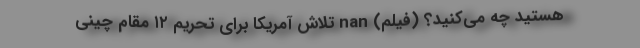
هستید چه می‌کنید؟ (فیلم) nan تلاش آمریکا برای تحریم ۱۲ مقام چینی